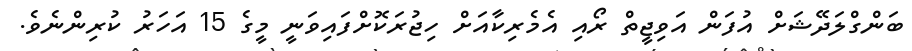
ބަންގްލަދޭޝަށް އުފަން އަވިޖީތް ރޯއި އެމެރިކާއަށް ހިޖުރަކޮށްފައިވަނީ މީގެ 15 އަހަރު ކުރިންނެވެ.